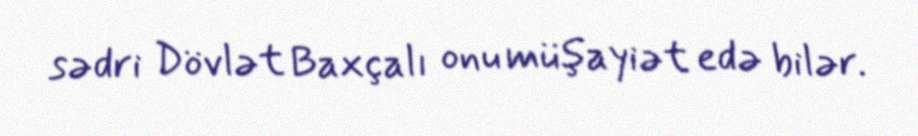
sədri Dövlət Baxçalı onu müşayiət edə bilər.